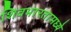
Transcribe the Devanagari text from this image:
शिवभारतामध्ये